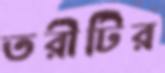
তরীটির